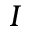
I